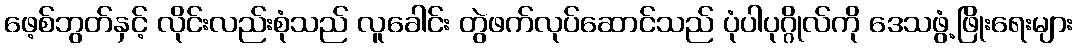
ဖေ့စ်ဘွတ်နှင့် လိုင်းလည်းစုံသည် လူခေါင်း တွဲဖက်လုပ်ဆောင်သည် ပုံပါပုဂ္ဂိုလ်ကို ဒေသဖွံ့ဖြိုးရေးများ